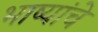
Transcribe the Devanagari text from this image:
भाष्यांचे